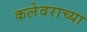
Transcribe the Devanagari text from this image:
कलेवराच्या